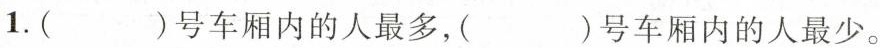
1.()号车厢内的人最多，()号车厢内的人最少。